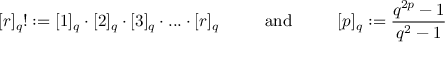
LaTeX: [ r ] _ { q } ! : = [ 1 ] _ { q } \cdot [ 2 ] _ { q } \cdot [ 3 ] _ { q } \cdot . . . \cdot [ r ] _ { q } \mathrm { ~ \qquad ~ a n d ~ \qquad ~ } [ p ] _ { q } : = \frac { q ^ { 2 p } - 1 } { q ^ { 2 } - 1 }